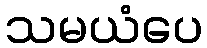
သမယံပေ